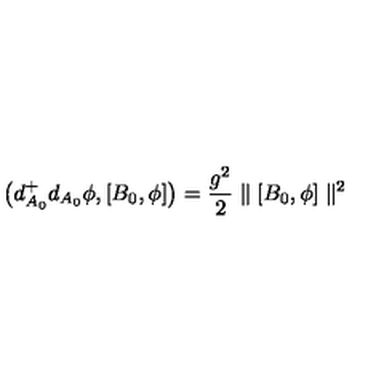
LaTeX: \left( d _ { A _ { 0 } } ^ { + } d _ { A _ { 0 } } \phi , [ B _ { 0 } , \phi ] \right) = { \frac { g ^ { 2 } } { 2 } } \parallel [ B _ { 0 } , \phi ] \parallel ^ { 2 }